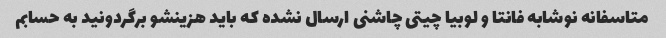
متاسفانه نوشابه فانتا و لوبیا چیتی چاشنی ارسال نشده که باید هزینشو برگردونید به حسابم